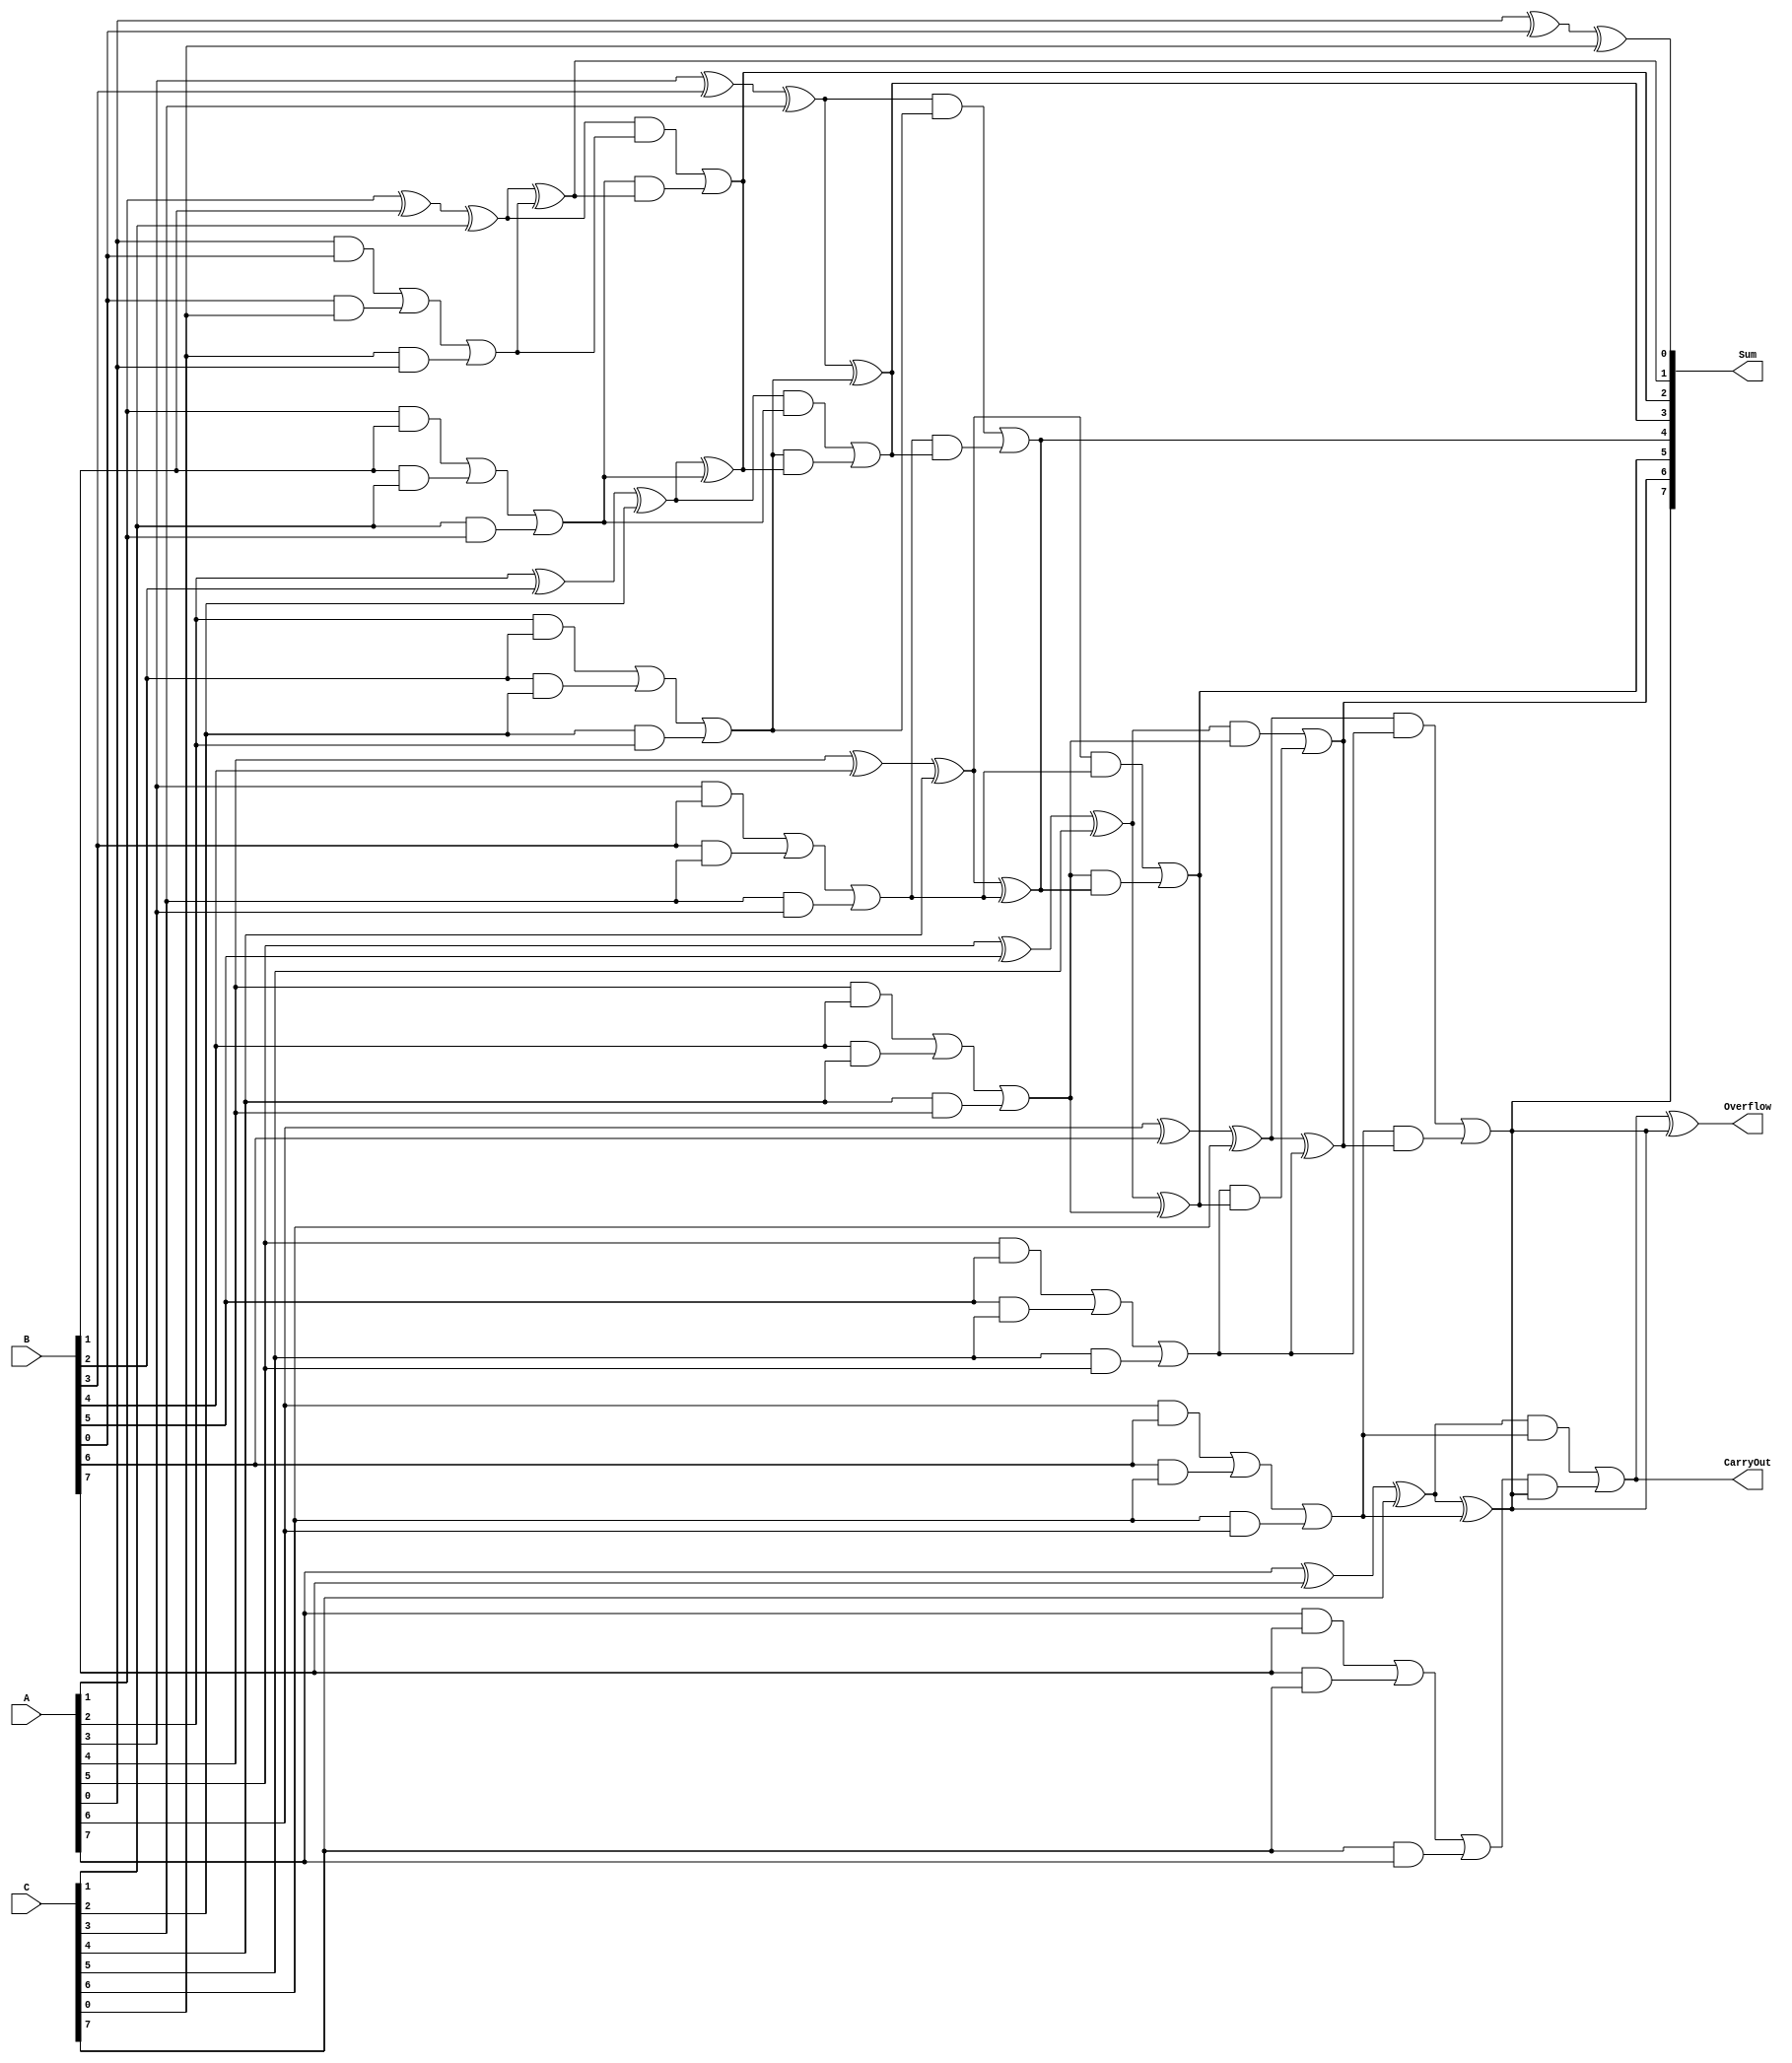
module ModifiedCarrySaveAdder #(parameter N = 8) (
    input  [N-1:0] A, // First operand
    input  [N-1:0] B, // Second operand
    input  [N-1:0] C, // Third operand
    output [N-1:0] Sum, // Final sum output
    output        CarryOut, // Final carry output
    output        Overflow // Overflow flag
);

    // Intermediate signals for partial sums and carries
    wire [N-1:0] S; // Partial sum
    wire [N-1:0] C_out; // Partial carry

    // Generate partial sums and carries
    genvar i;
    generate
        for (i = 0; i < N; i = i + 1) begin : CSA
            assign S[i] = A[i] ^ B[i] ^ C[i]; // Partial sum
            assign C_out[i] = (A[i] & B[i]) | (B[i] & C[i]) | (C[i] & A[i]); // Partial carry
        end
    endgenerate

    // Final addition stage using Ripple Carry Adder
    wire [N:0] final_sum; // To hold final sum with carry
    assign final_sum[0] = S[0]; // Initialize the first bit of the sum

    // Generate the final sum and carry
    generate
        for (i = 1; i < N; i = i + 1) begin : RCA
            assign final_sum[i] = S[i] ^ C_out[i-1]; // Sum bit
            assign final_sum[i+1] = (S[i] & C_out[i-1]) | (C_out[i] & final_sum[i]); // Carry bit
        end
    endgenerate

    // Assign outputs
    assign Sum = final_sum[N-1:0]; // Final sum output
    assign CarryOut = final_sum[N]; // Final carry output
    assign Overflow = (final_sum[N] ^ final_sum[N-1]); // Overflow flag

endmodule